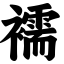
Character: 襦